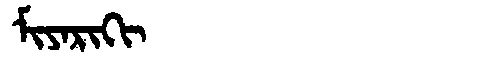
Manchu: ᠮᡳᠶᠠᡵᡳᡴᡳ
Romanization: MIYARIKI